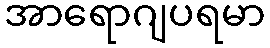
အာရောဂျပရမာ